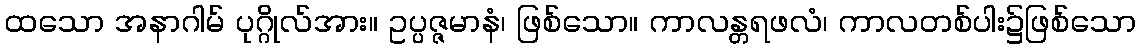
ထသော အနာဂါမ် ပုဂ္ဂိုလ်အား။ ဥပ္ပဇ္ဇမာနံ၊ ဖြစ်သော။ ကာလန္တရဖလံ၊ ကာလတစ်ပါး၌ဖြစ်သော